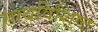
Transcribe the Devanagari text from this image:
साथविशिष्ट